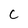
Character: C